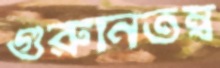
গুরুনিতম্ব